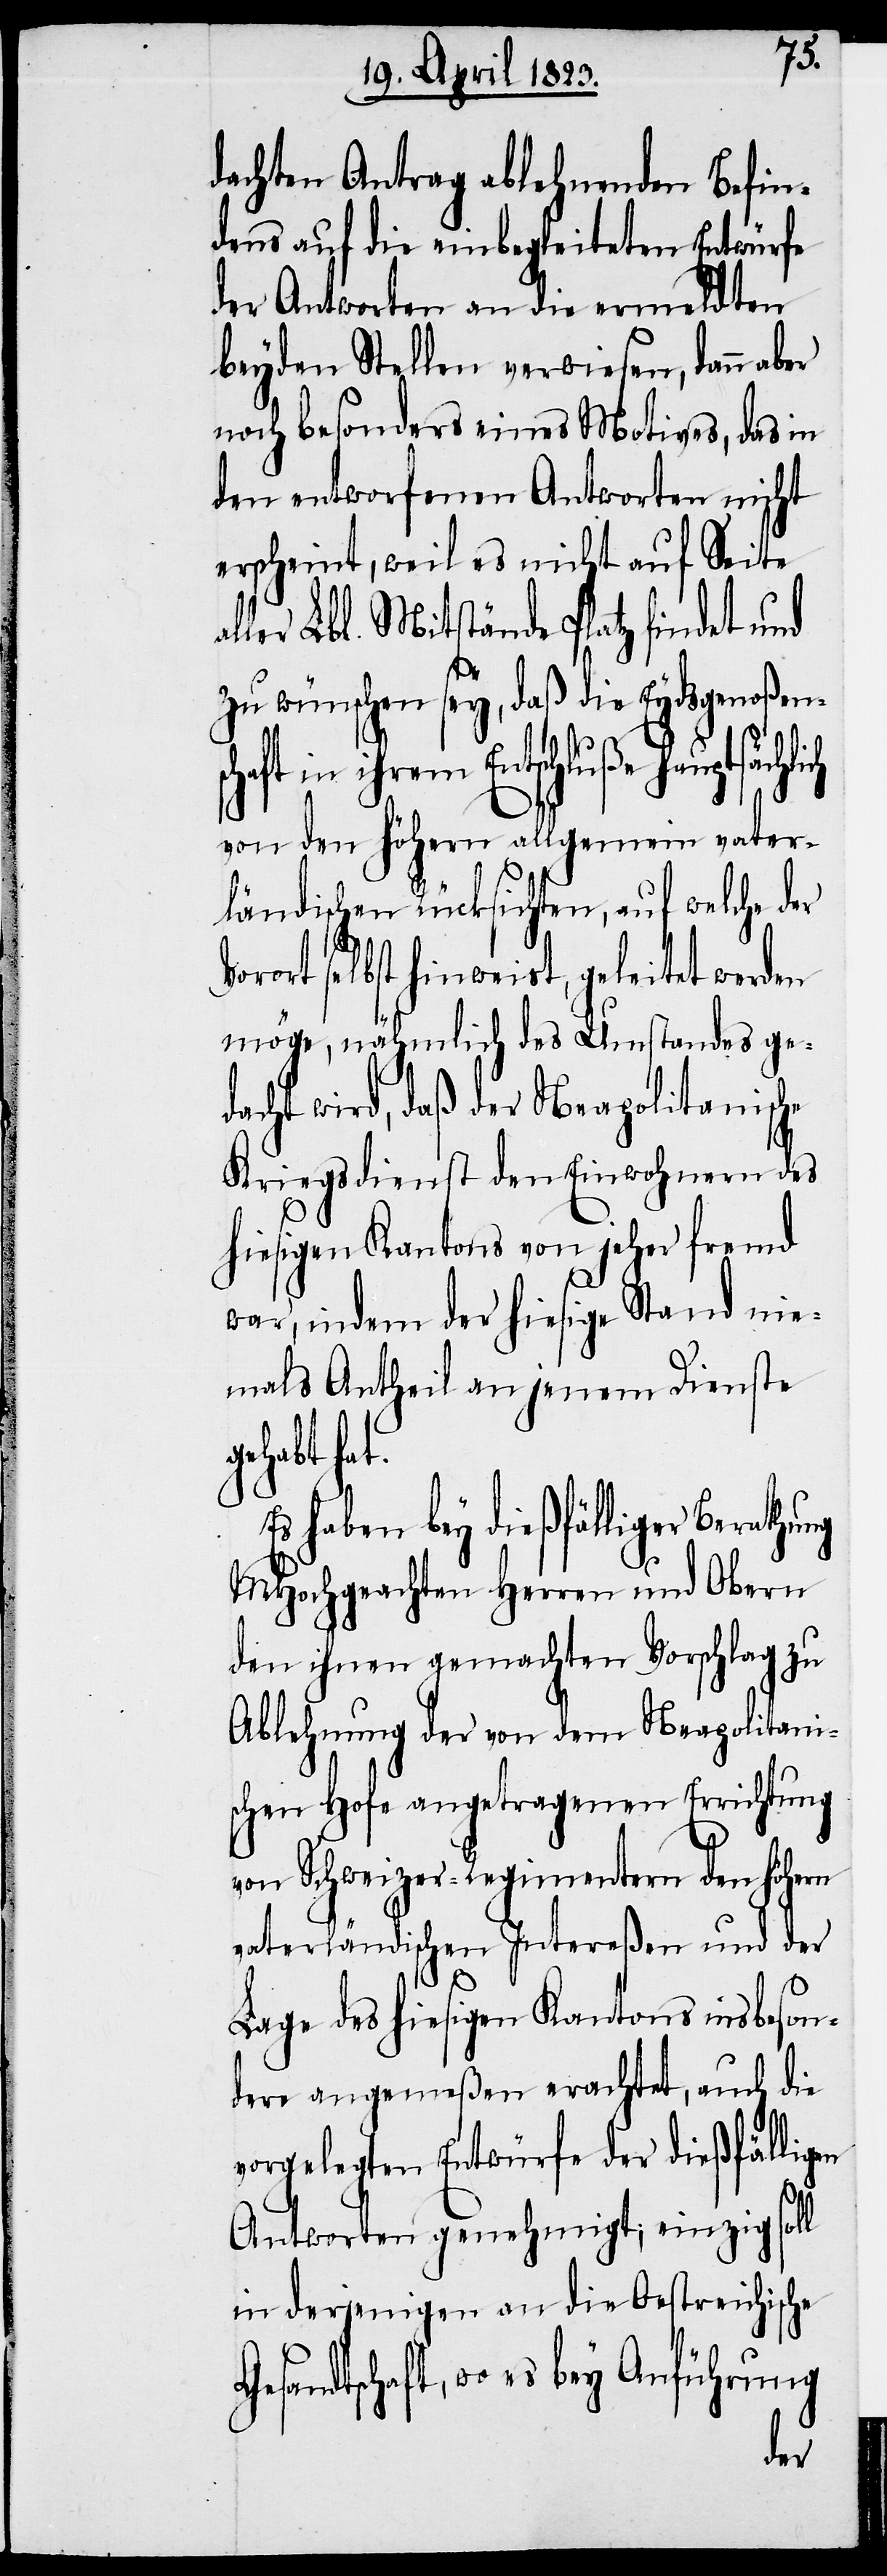
ng
dachten Antrag ablehnenden Befin¬
dens auf die einbegleiteten Entwürfe
der Antworten an die ermeldten
beyden Stellen verwiesen, dann aber
noch besonders eines Motives, das in
den entworfenen Antworten nicht
erscheint, weil es nicht auf Seite
ller Lbl. Mitstände Platz findet und
zu wünschen sey, daß die Eydsgenoßens¬
Gesandtschaft, wo es bey
von den höhern allgemein vater¬
ländischen Rücksichten, auf welche der
Vorort selbst hinweist, geleitet werden
möge, nähmlich des Umstandes ged¬
acht wird, daß der Neapolitanische
Kriegsdienst den Einwohnern des
hiesigen Kantons von jeher fremd
war, indem der hiesige Stand nie¬
mals Antheil an jenem Dienste
gehabt hat.
haben bey dießfälliger Berathu¬
MHochgeachten Herren und Obern
den ihnen gemachten Vorschlag zu
Ablehnung der von dem Neapolitani¬
schen Hofe angetragenen Errichtung
von Schweizer-Regimentern den höhern
vaterländischen Intereßen und der
Lage des hiesigen Kantons insbeson¬
dere angemeßen erachtet, auch die
vorgelegten Entwürfe der dießfällig¬
Antworten genehmigt; einzig soll
in derjenigen an die Oestreichische
en